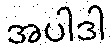
အပါဒါ